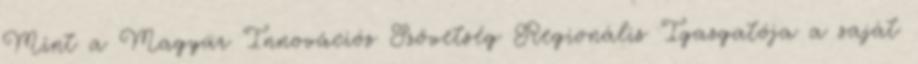
Mint a Magyar Innovációs Szövetség Regionális Igazgatója a saját